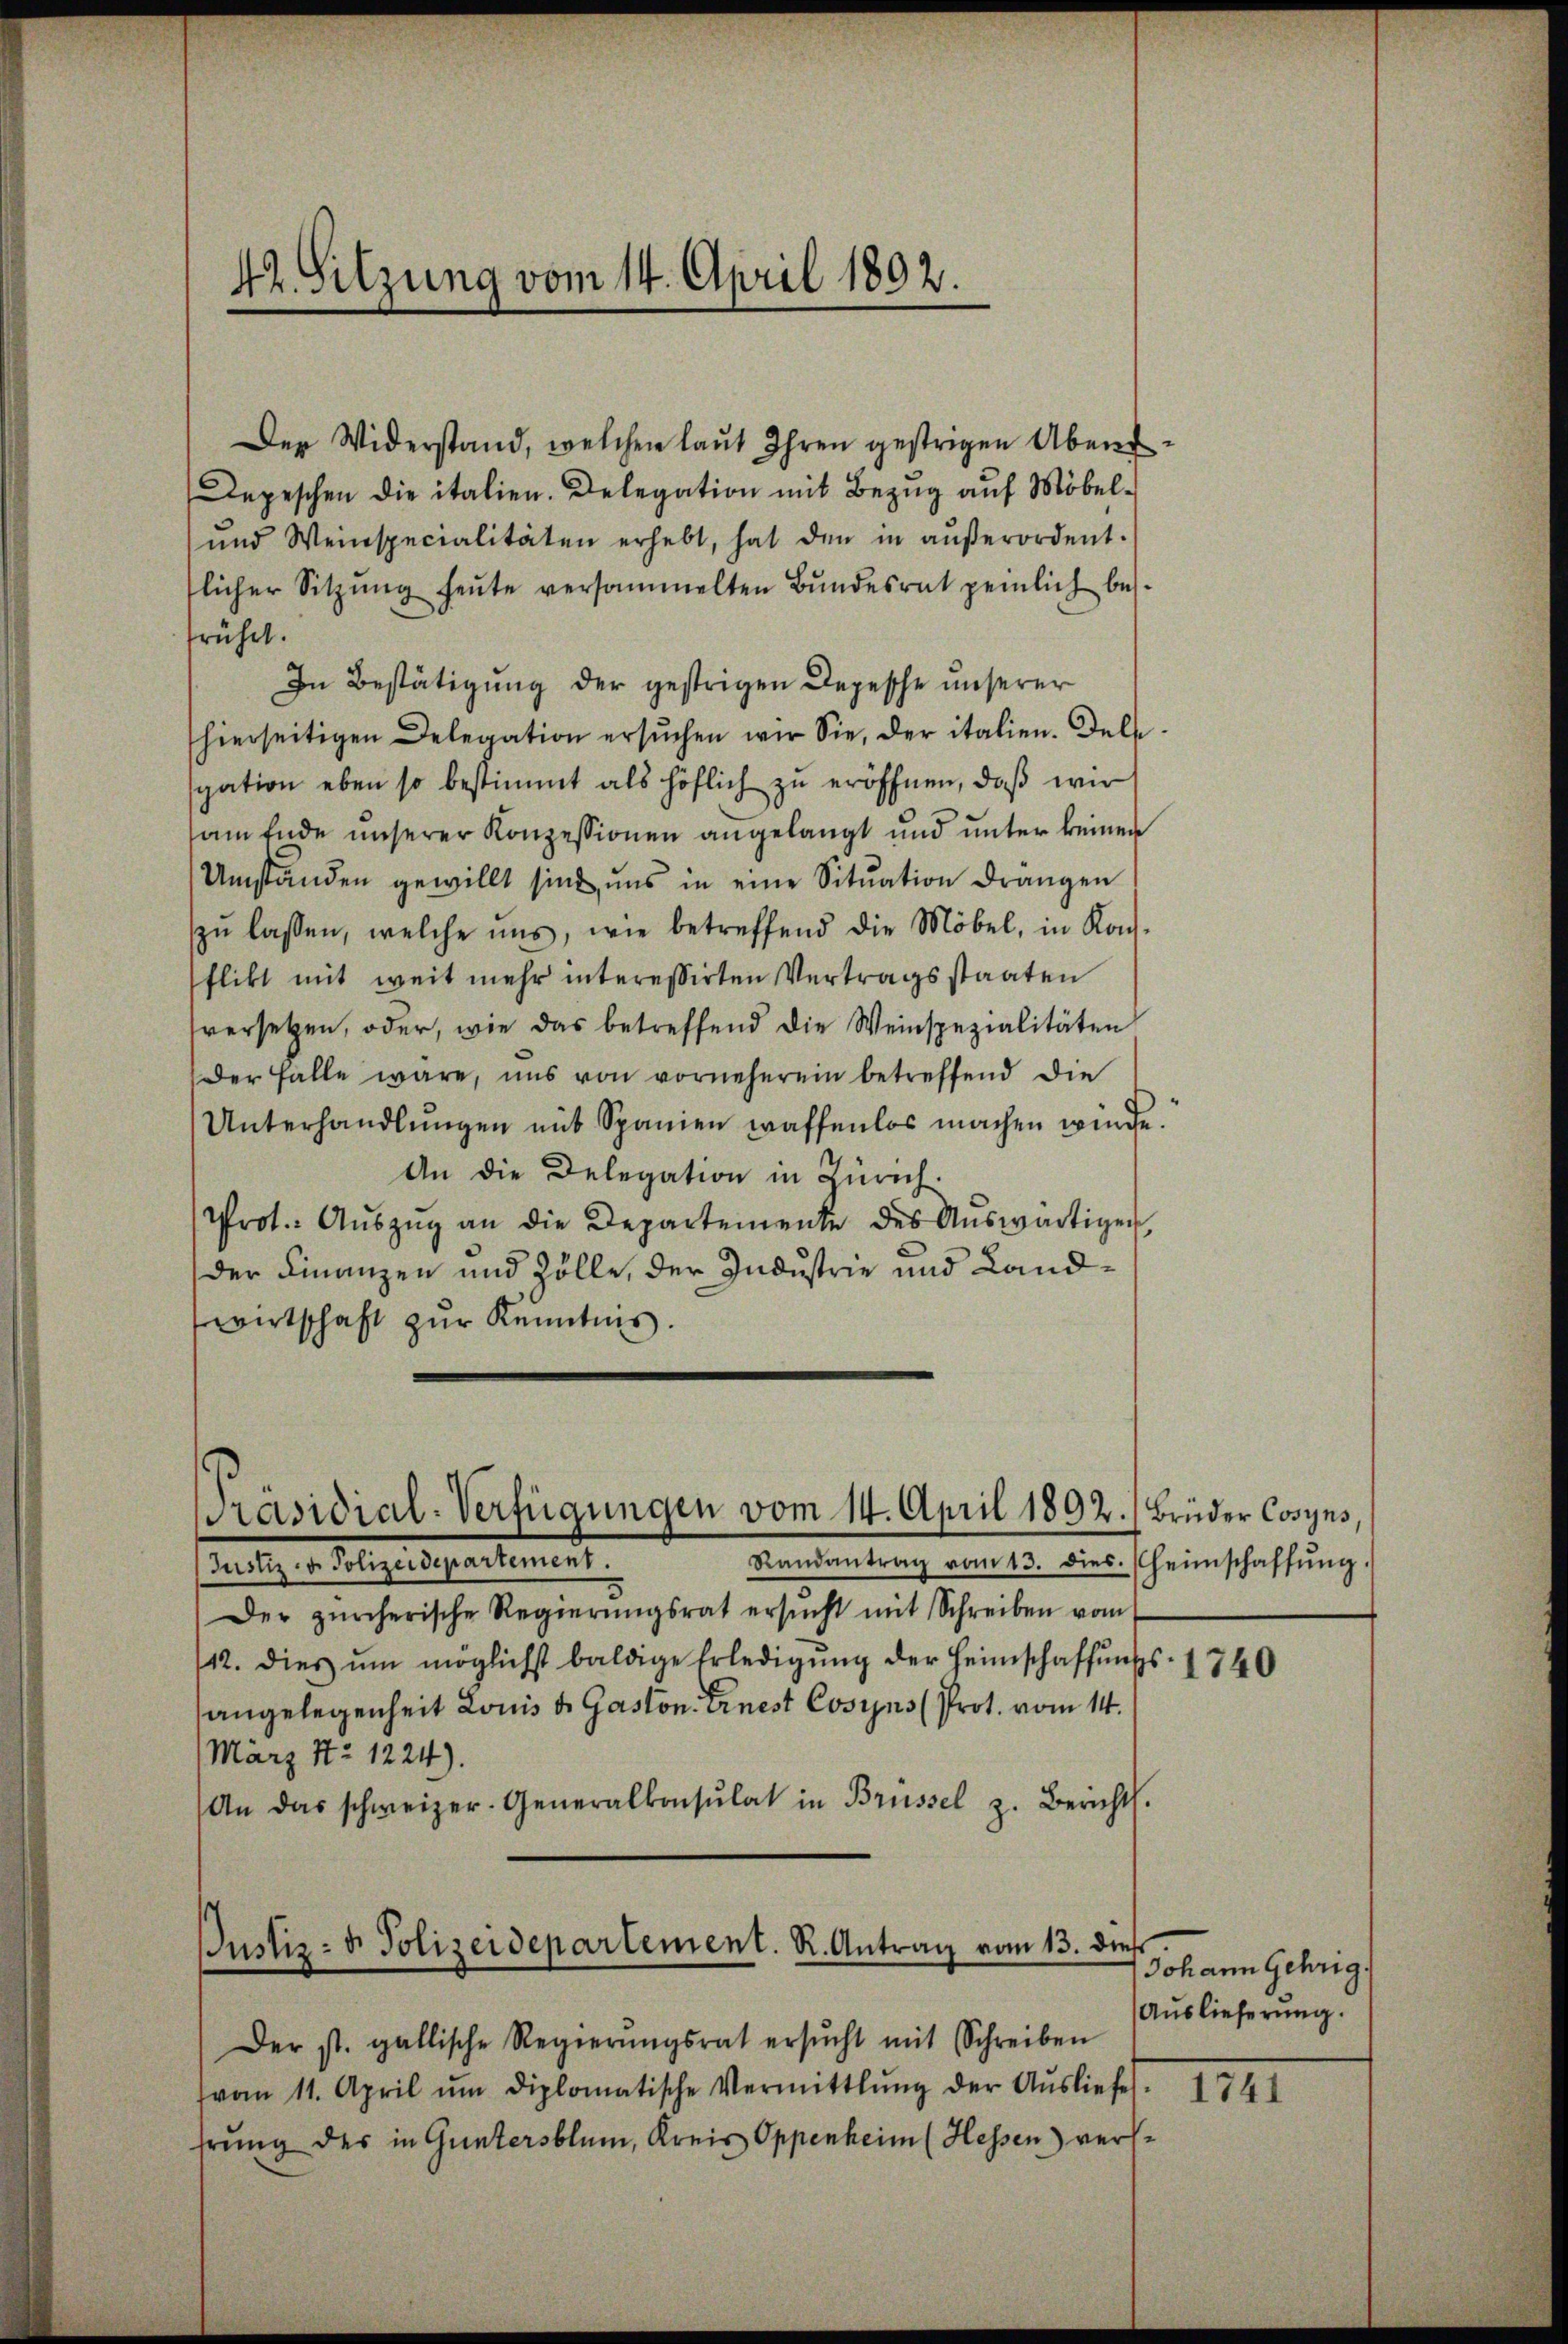
42. Sitzung vom 14. April 1802.

Der Widerstand, welchen laŭt Ihren gestrigen Abend
Depeschen die italien. Delegation mit Bezŭg aŭf Möbel-
und Weinspecialitäten erhebt, hat den in aŭβerordent.
flicher Sitzŭng heŭte versammelten Bŭndesrat peinlich bes
früher.
In Bestätigung der gestrigen Depesche unserer
hierseitigen Delegation ersuchen wir Sie, der italien. Delssiation eben so bestimmt als höflich zu eröffnen, daß wir
am Ende unserer Konzessionen angelangt und unter keinen
Umständen gewillt sind uns in eine Sitŭation drangen
zŭ lassen, welche uns, wie betreffend die Möbel, in Kon-
flikt mit weit mehr interessirten Vertragsstaaten
versetzen, oder, wie das betreffend die Weinspezialitäten
Der Falle wäre, uns von vorneherein betreffend die
Unterhandlŭngen mit Spanien waffenlos machen würde.
An die Delegation in Zürich
Prot. Aŭszŭg an die Departemente des Aŭswärtigen
der Finanzen und Zölle, der Industrie und Landwirtschaft zur Kenntnis.

Präsidial-Verfügungen vom 14. April 1892. Brüder Cosyns,

Randantrag vom 13. dies. Heimschaffŭng.
seitigen Religieuseartement.
Der zürcherische Regierŭngsrat ersŭcht mit Schreiben vom
12. dies ŭm möglichst baldige Erledigŭng der Heimschaffŭngs-
angelegenheit Louis u Gaston. Ernest Cosyns (Prot. vom 14.
März N: 1224).
An das schweizer. Generalkonsulat in Brüssel z. Bericht.

Justiz- u. Polizeidepartement. R. Antrag vom 13. dies

Der st. gallische Regierŭngsrat ersŭcht mit Schreiben
vom 11. April ŭm diplomatische Vermittlung der Ausliefes
hrung des in Guntersblum, Kreis Oppenheim (Hessen) vers¬

1740

Johann Gehrig
Auslieferung.

1741